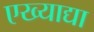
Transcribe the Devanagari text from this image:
एख्याद्या